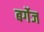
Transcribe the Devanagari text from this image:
बर्गेज